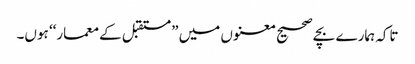
تاکہ ہمارے بچے صحیح معنوں میں ”مستقبل کے معمار‘‘ ہوں۔